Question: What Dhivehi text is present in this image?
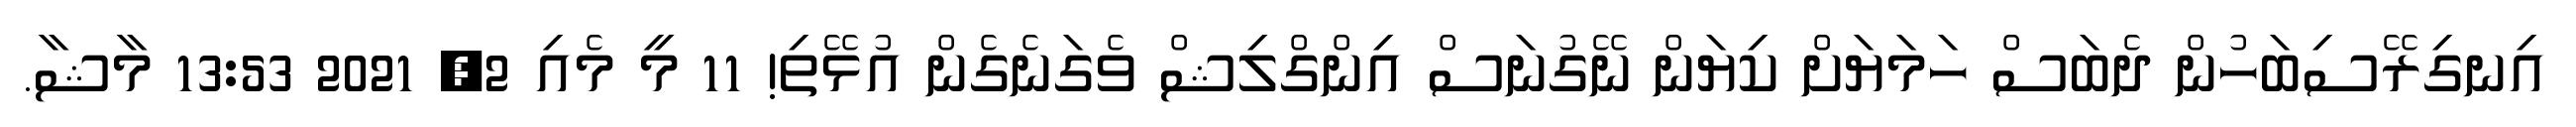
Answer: އިނގިރޭސިބަހުން ދެބަސް ހަމަޔަށް ކިޔަން ނޭގުނަސް އިންގްލިޝް ވެގަނެގެން އުޅޭތި! 11 މީ މެއި 2, 2021 13:53 މާޝާ.